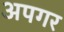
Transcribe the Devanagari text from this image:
अपगर